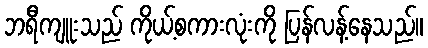
ဘရီကျူးသည် ကိုယ့်စကားလုံးကို ပြန်လန့်နေသည်။